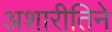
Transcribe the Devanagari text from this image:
अशारीतिने